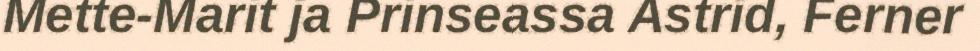
Mette-Marit ja Prinseassa Astrid, Ferner